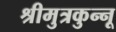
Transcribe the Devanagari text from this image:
श्रीमुत्रकुन्नू